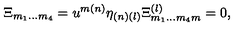
\Xi _ { { m } _ { { 1 } } \ldots { m } _ { { 4 } } } = u ^ { { m ( n ) } } \eta _ { { ( n ) ( l ) } } \Xi _ { { m } _ { { 1 } } \ldots { m } _ { { 4 } } { m } } ^ { { ( l ) } } = 0 ,